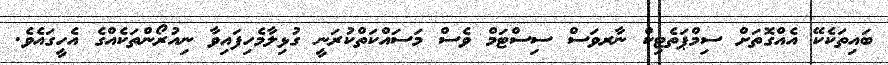
ބައިތަކެކޭ އެއްގޮތަށް ސިމްޕަތެޓިކް ނާރވަސް ސިސްޓަމް ވެސް މަސައްކަތްކުރަނީ ގުޅިލާމެހިފައިވާ ނިއުރޯންތަކެއްގެ އެހީގައެވެ.